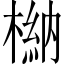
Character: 𣘆